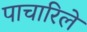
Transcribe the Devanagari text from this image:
पाचारिले